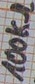
Text: 100KΩ